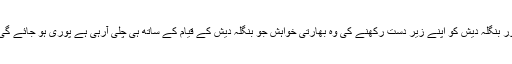
اور بنگلہ دیش کو اپنے زیر دست رکھنے کی وہ بھارتی خواہش جو بنگلہ دیش کے قیام کے ساتھ ہی چلی آرہی ہے پوری ہو جائے گی۔